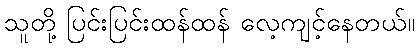
သူတို့ ပြင်းပြင်းထန်ထန် လေ့ကျင့်နေတယ်။